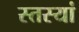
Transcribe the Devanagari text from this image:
स्तस्यां